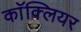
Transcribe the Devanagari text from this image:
काॅक्लियर